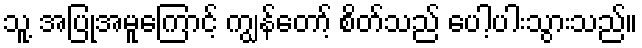
သူ့ အပြုအမူကြောင့် ကျွန်တော့် စိတ်သည် ပေါ့ပါးသွားသည်။